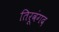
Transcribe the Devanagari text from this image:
तिरूवंगद